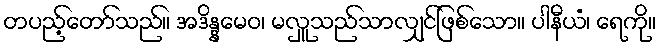
တပည့်တော်သည်။ အဒိန္နမေဝ၊ မလှူသည်သာလျှင်ဖြစ်သော။ ပါနီယံ၊ ရေကို။